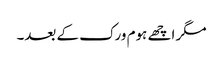
مگر اچھے ہوم ورک کے بعد۔